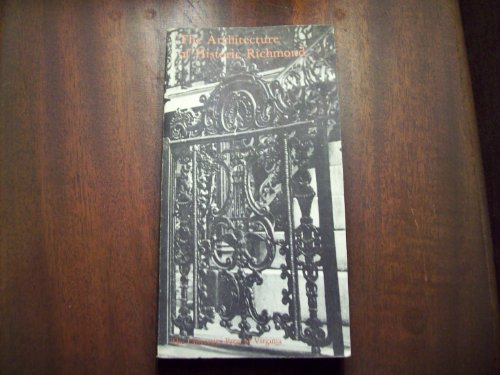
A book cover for The Architecture of Historic Richmond; Paul S. Dulaney; Travel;